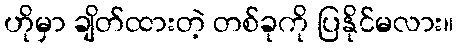
ဟိုမှာ ချိတ်ထားတဲ့ တစ်ခုကို ပြနိုင်မလား။